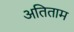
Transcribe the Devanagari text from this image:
अतिताम